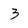
Character: 3